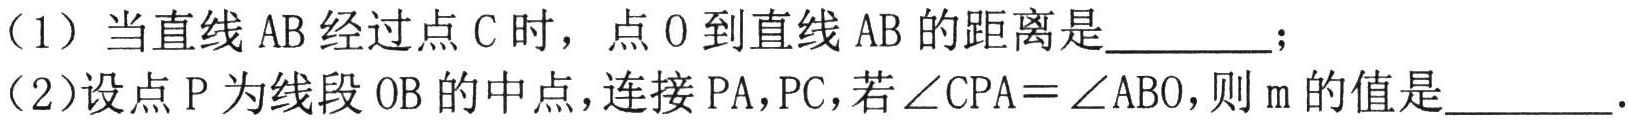
（1）当直线\(AB\)经过点\(C\)时，点\(O\)到直线\(AB\)的距离是________；
（2）设点\(P\)为线段\(OB\)的中点，连接\(PA\)，\(PC\)，若\(\angle CPA=\angle ABO\)，则\(m\)的值是________．